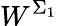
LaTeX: W^{\Sigma_{1}}